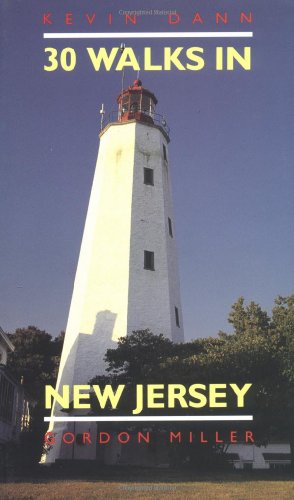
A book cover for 30 Walks in New Jersey; Kevin Dann; Travel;